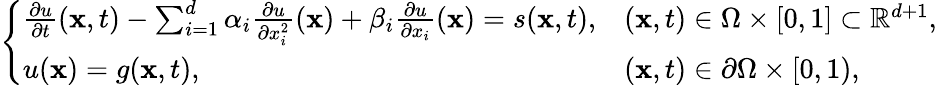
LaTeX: \left\{ \begin{array}{ll}{\begin{array}{ll}{\frac{\partial u}{\partial t}(\mathbf{x},t)-\sum_{i=1}^{d}\alpha_{i}\frac{\partial u}{\partial x_{i}^{2}}(\mathbf{x})+\beta_{i}\frac{\partial u}{\partial x_{i}}(\mathbf{x})=s(\mathbf{x},t),}&{(\mathbf{x},t)\in\Omega\times[0,1]\subset\mathbb{R}^{d+1},}\\ {u(\mathbf{x})=g(\mathbf{x},t),}&{(\mathbf{x},t)\in\partial\Omega\times[0,1),}\end{array}}\end{array}\right.